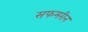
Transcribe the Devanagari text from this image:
सफमरीन